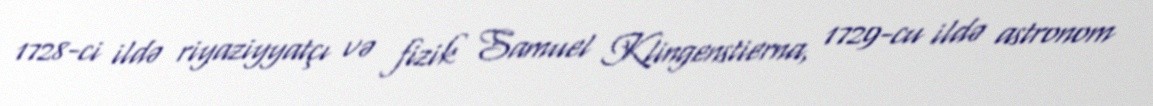
1728-ci ildə riyaziyyatçı və fizik Samuel Klingenstierna, 1729-cu ildə astronom